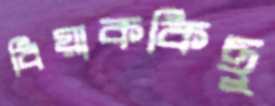
বিয়াককিছু